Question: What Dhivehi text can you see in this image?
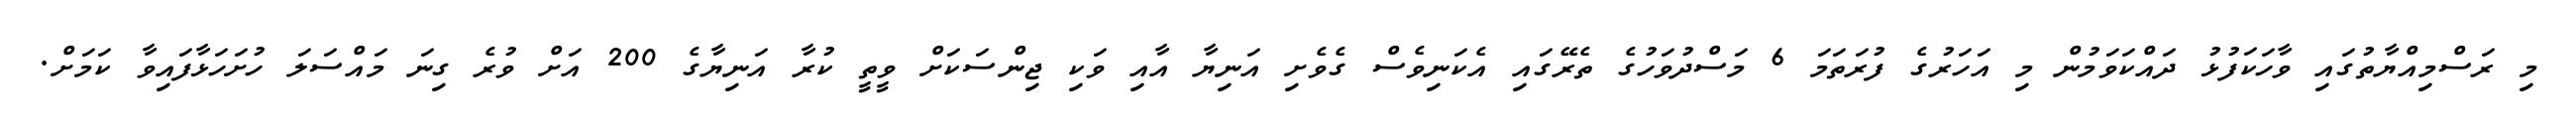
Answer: މި ރަސްމިއްޔާތުގައި ވާހަކަފުޅު ދައްކަވަމުން މި އަހަރުގެ ފުރަތަމަ 6 މަސްދުވަހުގެ ތެރޭގައި އެކަނިވެސް ގެވެށި އަނިޔާ އާއި ވަކި ޖިންސަކަށް ވީތީ ކުރާ އަނިޔާގެ 200 އަށް ވުރެ ގިނަ މައްސަލަ ހުށަހަޅާފައިވާ ކަމަށް.